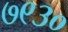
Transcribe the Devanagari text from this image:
७९३०